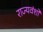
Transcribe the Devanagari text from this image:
राज्यवंशों